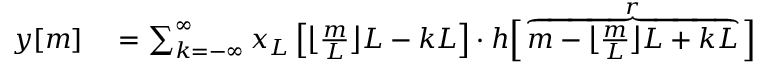
\begin{array} { r l } { y [ m ] } & { { } = \sum _ { k = - \infty } ^ { \infty } x _ { L } \left[ { \bigl \lfloor } { \frac { m } { L } } { \bigr \rfloor } L - k L \right] \cdot h { \Bigl [ } \overbrace { m - { \bigl \lfloor } { \frac { m } { L } } { \bigr \rfloor } L + k L } ^ { r } { \Bigr ] } } \end{array}